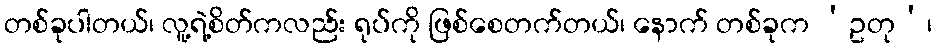
တစ်ခုပါတယ်၊ လူ့ရဲ့စိတ်ကလည်း ရုပ်ကို ဖြစ်စေတက်တယ်၊ နောက် တစ်ခုက ‘ဥတု’၊